Indian journal of veterinary science and animal husbandry - Volume 10,
Year: 1940
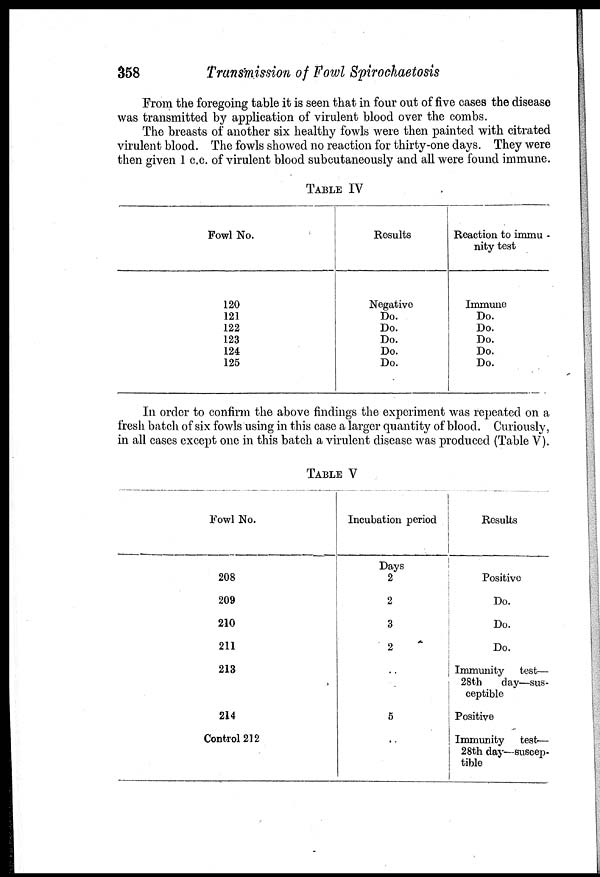
358
Transmission of Fowl Spirochaetosis
From the foregoing table it is seen that in four out of five cases the disease
was transmitted by application of virulent blood over the combs.
The breasts of another six healthy fowls were then painted with citrated
virulent blood. The fowls showed no reaction for thirty-one days. They were
then given 1 c.c. of virulent blood subcutaneously and all were found immune.
TABLE IV
Fowl No.
120
121
122
123
124
125
Results
Negative
Do.
Do.
Do.
Do.
Do.
Reaction to immu¬
nity test
Immune
Do.
Do.
Do.
Do.
Do.
In order to confirm the above findings the experiment was repeated on a
fresh batch of six fowls using in this case a larger quantity of blood. Curiously,
in all cases except one in this batch a virulent disease was produced (Table V).
TABLE V
Fowl No.
208
209
210
211
213
214
Control 212
Incubation
period
Days
2
2
3
2
..
5
..
Results
Positive
Do.
Do.
Do.
Immunity test—
28th day—sus-
ceptible
Positive
Immunity
test—
28th day—suscep-
tible